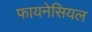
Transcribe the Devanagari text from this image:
फायनेसियल